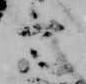
言